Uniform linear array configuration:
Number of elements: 24
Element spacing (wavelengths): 0.75
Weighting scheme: blackman
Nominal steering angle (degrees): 60
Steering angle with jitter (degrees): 61.552
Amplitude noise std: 0.05
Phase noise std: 0.05

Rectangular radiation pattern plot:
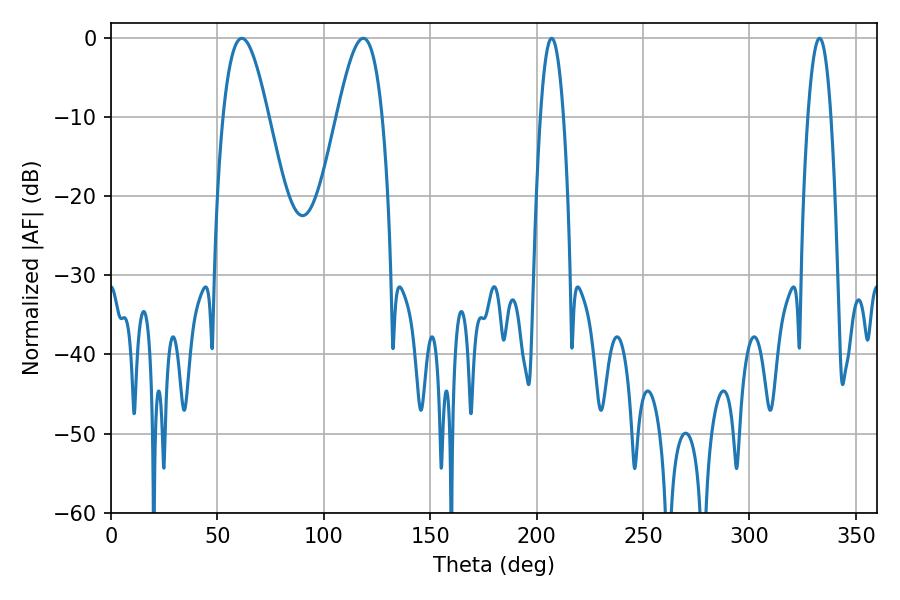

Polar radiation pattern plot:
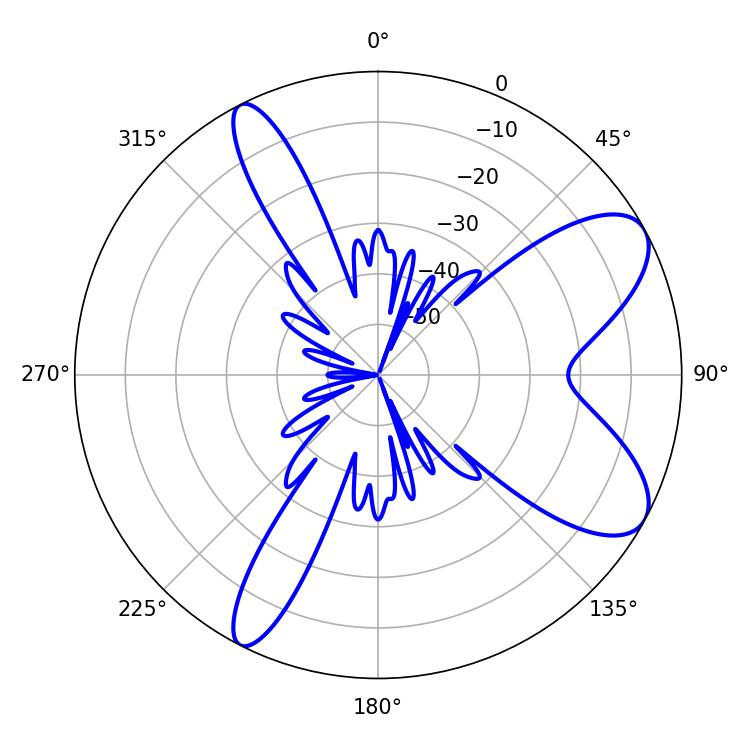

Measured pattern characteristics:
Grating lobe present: TRUE
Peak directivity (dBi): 8.413
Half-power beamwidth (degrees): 11.34
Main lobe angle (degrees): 61.38